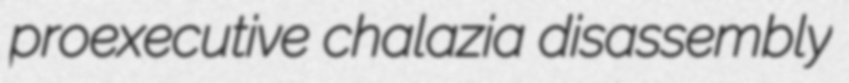
proexecutive chalazia disassembly